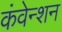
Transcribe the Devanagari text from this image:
कंवेन्शन